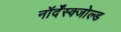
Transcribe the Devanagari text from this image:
नॉर्देंस्क्जोल्ड